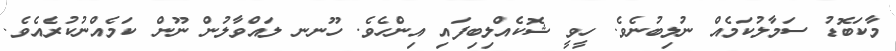
މާކަބޮޑު ސަމާލުކަމެއް ނުލިބުނެވެ. ހީވީ ޝޮކެއްލިބިފައި އިންހެވެ. ހޫނނ ލައްވާލުން ނޫން ކަމެއްނުކުރެއެވެ.